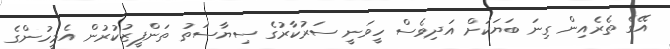
އޭގެ ތެރެއިން ގިނަ ބަޔަކަށް އަދިވެސް ހީވަނީ ސަރުކާރުގެ ސިޔާސަތު ތަންފީޒުކުރުން އެމީހުންގެ